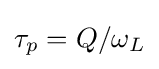
\tau _{p}=Q/\omega _{L}